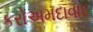
કરોઅમદાવાદ